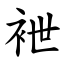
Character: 袣